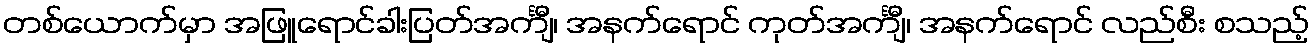
တစ်ယောက်မှာ အဖြူရောင်ခါးပြတ်အင်္ကျီ၊ အနက်ရောင် ကုတ်အင်္ကျီ၊ အနက်ရောင် လည်စီး စသည့်